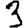
Digit: 3